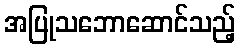
အပြုသဘောဆောင်သည့်